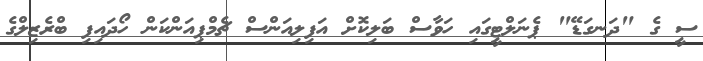
ސީ ގެ "ދަނގަޑޭ" ޕެނަލްޓީގައި ހަވާސް ބަލިކޮށް އަފިލިއަންސް ޗެމްޕިއަންކަން ހޯދައިފި ބްރެޒިލްގެ